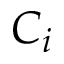
C _ { i }